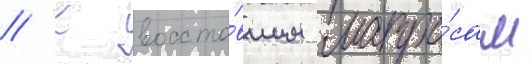
// К восста́вшим матро́сам